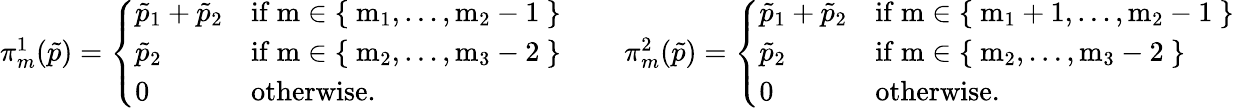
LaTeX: \begin{array}{r}{\pi_{m}^{1}(\tilde{p})=\left\{ \begin{array}{ll}{\tilde{p}_{1}+\tilde{p}_{2}}&{\mathrm{if~m\in\{ ~m_1,\dots,m_2-1~\} ~}}\\ {\tilde{p}_{2}}&{\mathrm{if~m\in\{ ~m_2,\dots,m_3-2~\} ~}}\\ {0}&{\mathrm{otherwise}.}\end{array}\right.\quad\quad\pi_{m}^{2}(\tilde{p})=\left\{ \begin{array}{ll}{\tilde{p}_{1}+\tilde{p}_{2}}&{\mathrm{if~m\in\{ ~m_1+1,\dots,m_2-1~\} ~}}\\ {\tilde{p}_{2}}&{\mathrm{if~m\in\{ ~m_2,\dots,m_3-2~\} ~}}\\ {0}&{\mathrm{otherwise}.}\end{array}\right.}\end{array}